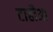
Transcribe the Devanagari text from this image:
टाहौआ